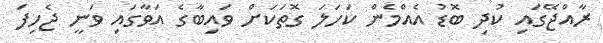
ރާއްޖޭގައި ކުދި ބޮޑު އެއްމެން ކަހަލަ ގޮތަކަށް ވައިބާގެ އަވާގައި ވަނީ ޖެހިފަ